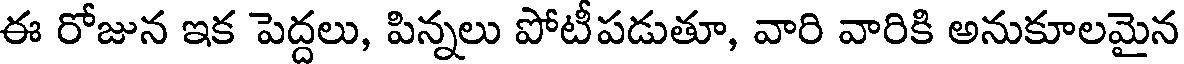
ఈ రోజున ఇక పెద్దలు, పిన్నలు పోటీపడుతూ, వారి వారికి అనుకూలమైన